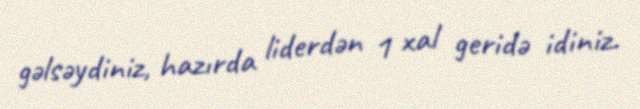
gəlsəydiniz, hazırda liderdən 1 xal geridə idiniz.